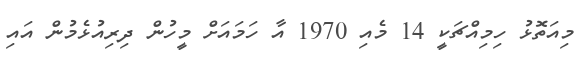
މިއަތޮޅު ހިމިއްޗަކީ 14 މެއި 1970 އާ ހަމައަށް މީހުން ދިރިއުޅެމުން އައި